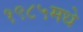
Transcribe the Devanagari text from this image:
१९८५मधे